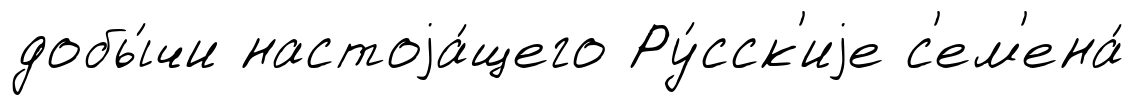
добы́чи настоjа́щего Ру́сск'иjе с'ем'ена́